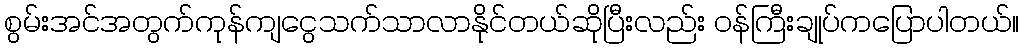
စွမ်းအင်အတွက်ကုန်ကျငွေသက်သာလာနိုင်တယ်ဆိုပြီးလည်း ဝန်ကြီးချုပ်ကပြောပါတယ်။